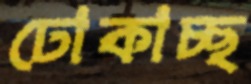
ঢোকাচ্ছ